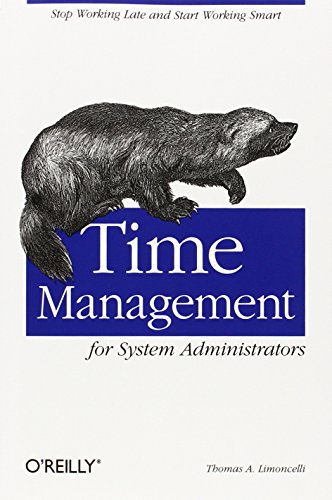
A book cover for Time Management for System Administrators; Thomas A. Limoncelli; Engineering & Transportation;